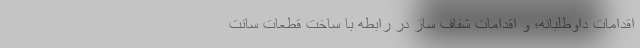
اقدامات داوطلبانه؛ و اقدامات شفاف ساز در رابطه با ساخت قطعات سانت